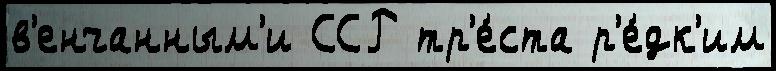
в'енчанным'и ССР тр'е́ста р'е́дк'им